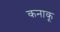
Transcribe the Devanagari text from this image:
कनाकू